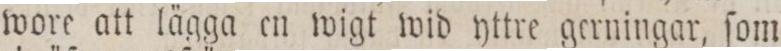
wore att lägga en wigt wid yttre gerningar, ſom